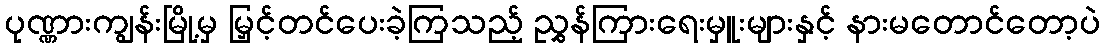
ပုဏ္ဏားကျွန်းမြို့မှ မြှင့်တင်ပေးခဲ့ကြသည့် ညွှန်ကြားရေးမှူးများနှင့် နားမတောင်တော့ပဲ